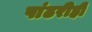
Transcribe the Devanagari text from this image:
पांढरीही